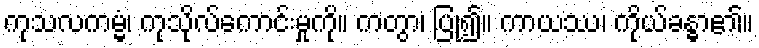
ကုသလကမ္မံ၊ ကုသိုလ်ကောင်းမှုကို။ ကတွာ၊ ပြု၍။ ကာယဿ၊ ကိုယ်ခန္ဓာ၏။